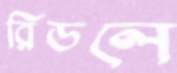
রিডলে